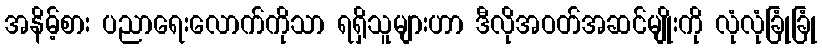
အနိမ့်စား ပညာရေးလောက်ကိုသာ ရရှိသူများဟာ ဒီလိုအဝတ်အဆင်မျိုးကို လုံလုံခြုံခြုံ